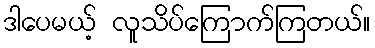
ဒါပေမယ့် လူသိပ်ကြောက်ကြတယ်။